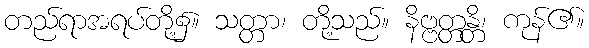
တည်ရာအရပ်တို့၌။ သတ္တာ၊ တို့သည်။ နိဗ္ဗတ္တန္တိ၊ ကုန်၏။